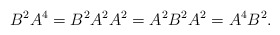
\begin{align*}B^2A^4=B^2A^2A^2=A^2B^2A^2=A^4B^2.\end{align*}